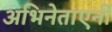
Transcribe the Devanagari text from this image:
अभिनेताएर्नी